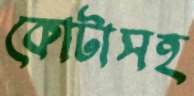
কোটাসহ